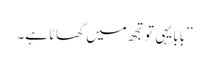
’’بابا یہی تو تجھ میں گھاٹا ہے۔